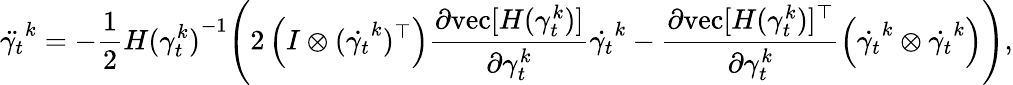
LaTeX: \ddot{\gamma_{t}}^{k}=-\frac{1}{2}{H(\gamma_{t}^{k})}^{-1}\Bigg(2\left(I\otimes(\dot{\gamma_{t}}^{k})^{\top}\right)\frac{\partial\mathrm{vec}[H(\gamma_{t}^{k})]}{\partial\gamma_{t}^{k}}\dot{\gamma_{t}}^{k}-\frac{\partial\mathrm{vec}[H(\gamma_{t}^{k})]^{\top}}{\partial\gamma_{t}^{k}}\left(\dot{\gamma_{t}}^{k}\otimes\dot{\gamma_{t}}^{k}\right)\Bigg),